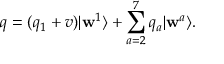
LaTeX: q = ( q _ { 1 } + v ) | \mathbf { w } ^ { 1 } \rangle + \sum _ { a = 2 } ^ { 7 } { q _ { a } | \mathbf { w } ^ { a } \rangle } .